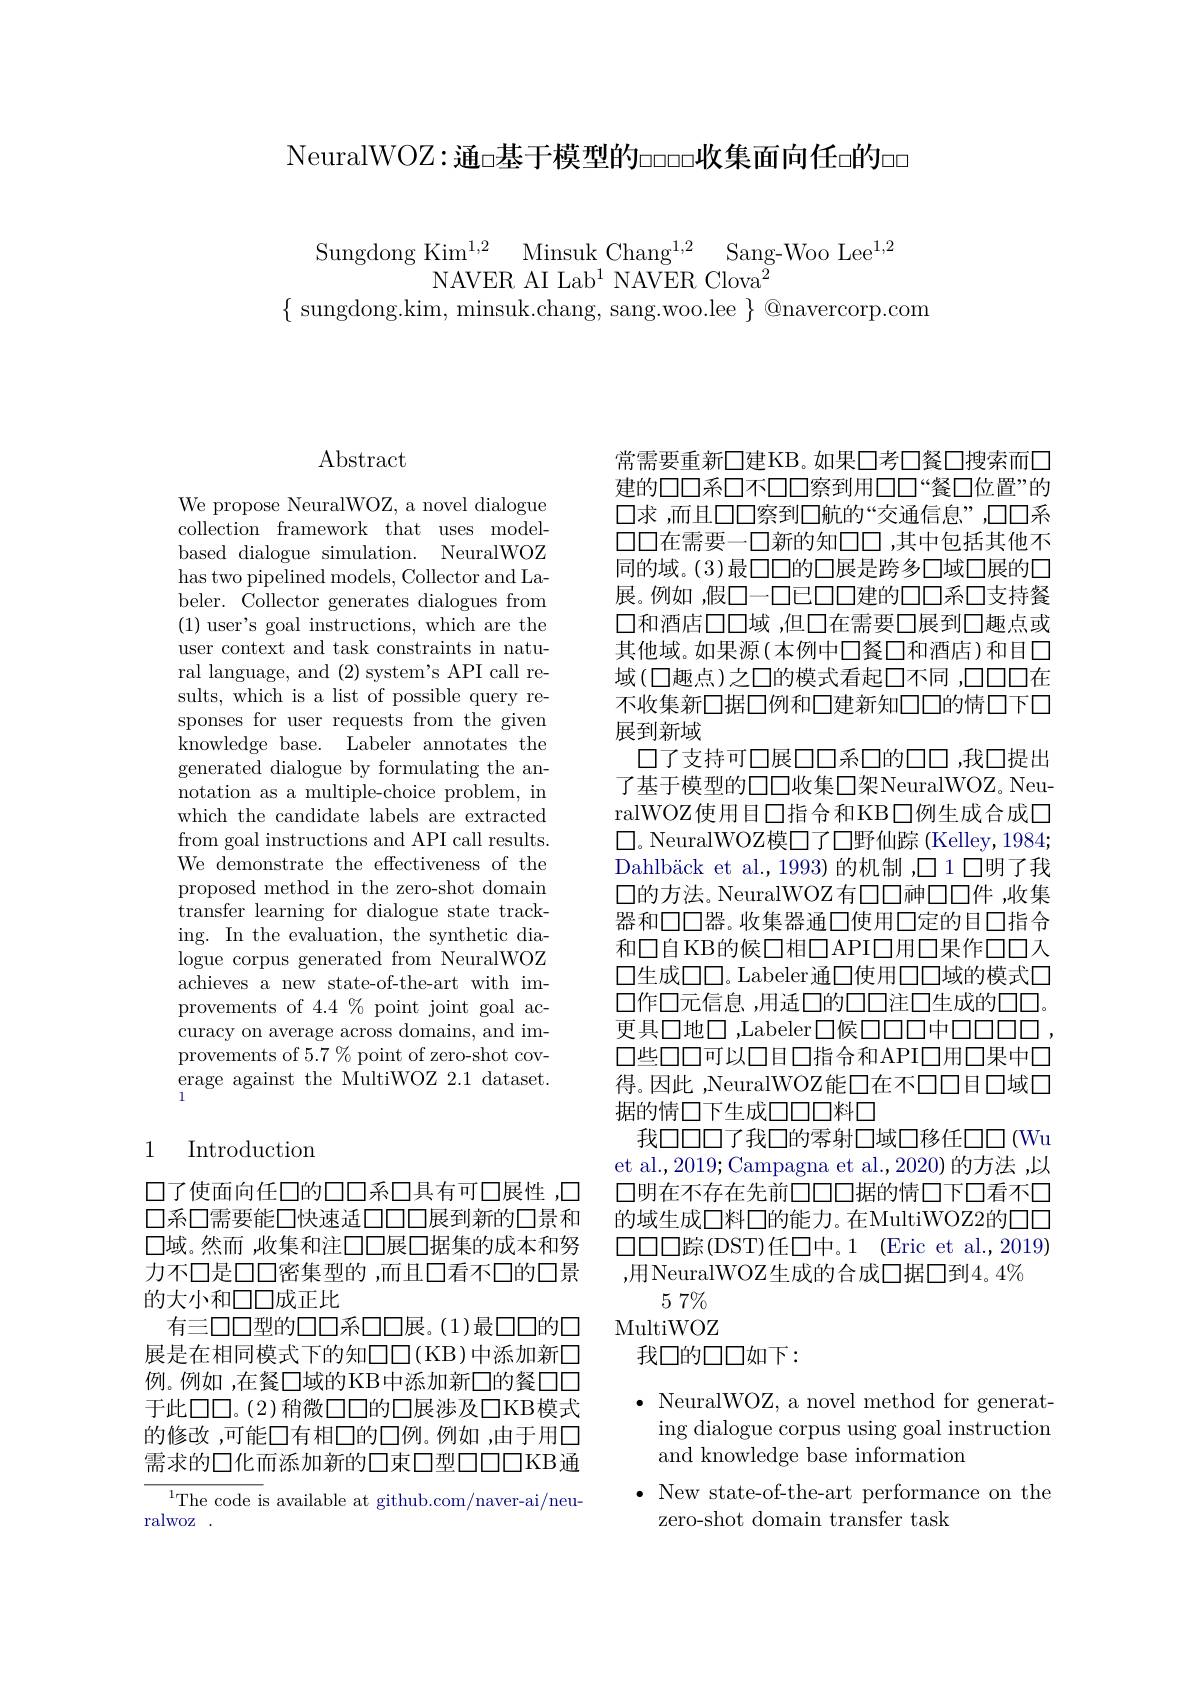
NeuralWOZ:通□基于模型的oooo收集面向任$\square$的oo

$\begin{array}{c}\mathrm{Sungdong~Kim^{1,2}~Minsuk~Chang^{1,2}~Sang-Woo~Lee^{1,2}}\\\mathrm{NAVER~AI~Lab^{1}~NAVER~Clova^{2}}\end{array}$
$\{$ sungdong.kim, minsuk.chang, sang.woo.lee $\}$ @navercorp.com

## $\operatorname{Abstract}$

We propose NeuralWOZ, a novel dialogue collection framework that uses modelbased dialogue simulation. NeuralWOZ has two pipelined models, Collector and Labeler. Collector generates dialogues from (1) user's goal instructions, which are the user context and task constraints in natural language, and (2) system's API call results, which is a list of possible query responses for user requests from the given knowledge base. Labeler annotates the generated dialogue by formulating the annotation as a multiple-choice problem, in which the candidate labels are extracted from goal instructions and API call results. We demonstrate the effectiveness of the proposed method in the zero-shot domain transfer learning for dialogue state tracking. In the evaluation, the synthetic dialogue corpus generated from NeuralWOZ achieves a new state-of-the-art with improvements of 4.4 % point joint goal accuracy on average across domains, and improvements of 5.7 % point of zero-shot cov- $\begin{array}{l}{\mathrm{erage~against~the~MultiWOZ~2.1~dataset.}}\\{\mathrm{erage~against~the~MultiWOZ~2.1~dataset.}}\end{array}$

## 1 Introduction

口了使面向任口的口口系口具有可口展性，口口系口需要能口快速适口口口展到新的口景和口域。然而，收集和注口口展口据集的成本和努力不口是口口密集型的 ,而且口看不口的口景的大小和口口成正比
有三口口型的口口系口口展。(1)最口口的口展是在相同模式下的知$\square\square($KB)中添加新口例。例如 ,在餐口域的KB中添加新口的餐口口于此口口。(2)稍微口口的口展涉及口KB模式的修改，可能口有相口的口例。例如 ,由于用口需求的口化而添加新的口束口型口口口KB通

${}^{1}{\mathrm{The~code~is~available~at~github.com/naver-ai/neu-}}$
ralwoz .

常需要重新口建KB。如果口考口餐口搜索而口建的口口系口不口口察到用口口“餐口位置”的口求 ,而且口口察到口航的“交通信息”,口口系$\square\square$在需要一口新的知口口，其中包括其他不同的域。(3)最口口的口展是跨多口域口展的口展。例如 ,假口一口已口口建的口口系口支持餐口和酒店口口域 ,但口在需要口展到口趣点或其他域。如果源(本例中口餐口和酒店)和目口域(口趣点)之口的模式看起口不同 ,口口口在不收集新口据口例和口建新知口口的情口下口展到新域
口了支持可口展口口系口的口口，我口提出了基于模型的口口收集口架NeuralWOZ。NeuralWOZ使用目口指合和KB$\square$例生成合成口$\square$。NeuralWOZ模□了口野仙踪(Kelley,1984; Dahlbäck et al.,1993)的机制 ,口1 口明了我口的方法。NeuralWOZ有口口神口口件，收集器和口口器。收集器通口使用口定的目口指合和□自 KB的候口相□API□用□果作□□ス口生成口口。Labeler通口使用口口域的模式口口作口元信息，用适口的口口注口生成的口口更具口地口，Labeler$\square$候口口口中口口口口， 口些口口可以口目口指合和API$\square$用口果中口得。因此 ,NeuralWOZ能口在不口口目口域口据的情口下生成口口料口
我口口口了我口的零射口域口移任口口(Wu et al.,2019; Campagna et al.,2020) 的方法 ,以口明在不存在先前口口口据的情口下口看不口的域生成口料口的能力。在MultiWOZ2的口口$\square\square\square\square$踪(DST)任口中。1 (Eric et al.,2019) ,用NeuralWOZ生成的合成口据口到4。4%
$57\%$ MultiWOZ
我口的口口如下：

$\bullet$ NeuralWOZ, a novel method for generat-
ing dialogue corpus using goal instruction
and knowledge base information

$\bullet$ New state-of-the-art performance on the
zero-shot domain transfer task